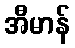
အီမာန်